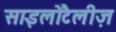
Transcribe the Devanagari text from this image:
साइलोटैलीज़